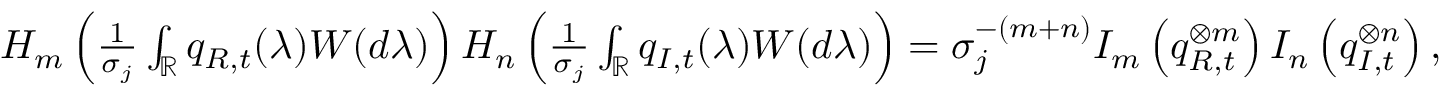
\begin{array} { r } { H _ { m } \left( \frac { 1 } { \sigma _ { j } } \int _ { \mathbb { R } } q _ { R , t } ( \lambda ) W ( d \lambda ) \right) H _ { n } \left( \frac { 1 } { \sigma _ { j } } \int _ { \mathbb { R } } q _ { I , t } ( \lambda ) W ( d \lambda ) \right) = \sigma _ { j } ^ { - ( m + n ) } I _ { m } \left( q _ { R , t } ^ { \otimes m } \right) I _ { n } \left( q _ { I , t } ^ { \otimes n } \right) , } \end{array}